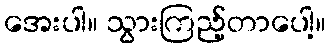
အေးပါ။ သွားကြည့်တာပေါ့။